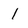
Character: 1